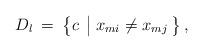
LaTeX: \begin{align*}D_l\>=\>\left \{ c \> \>\big |\> {x}_{mi} \ne x_{mj} \> \right \},\end{align*}